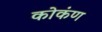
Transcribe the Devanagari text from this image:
कोकंण